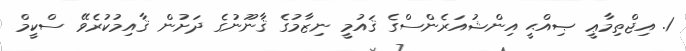
1. އިޖްތިމާޢީ ޞިއްޙީ އިންޝުއަރެންސްގެ ޤައުމީ ނިޒާމުގެ ޤާނޫނުގެ ދަށުން ޤާއިމުކުރެވޭ ސްކީމް